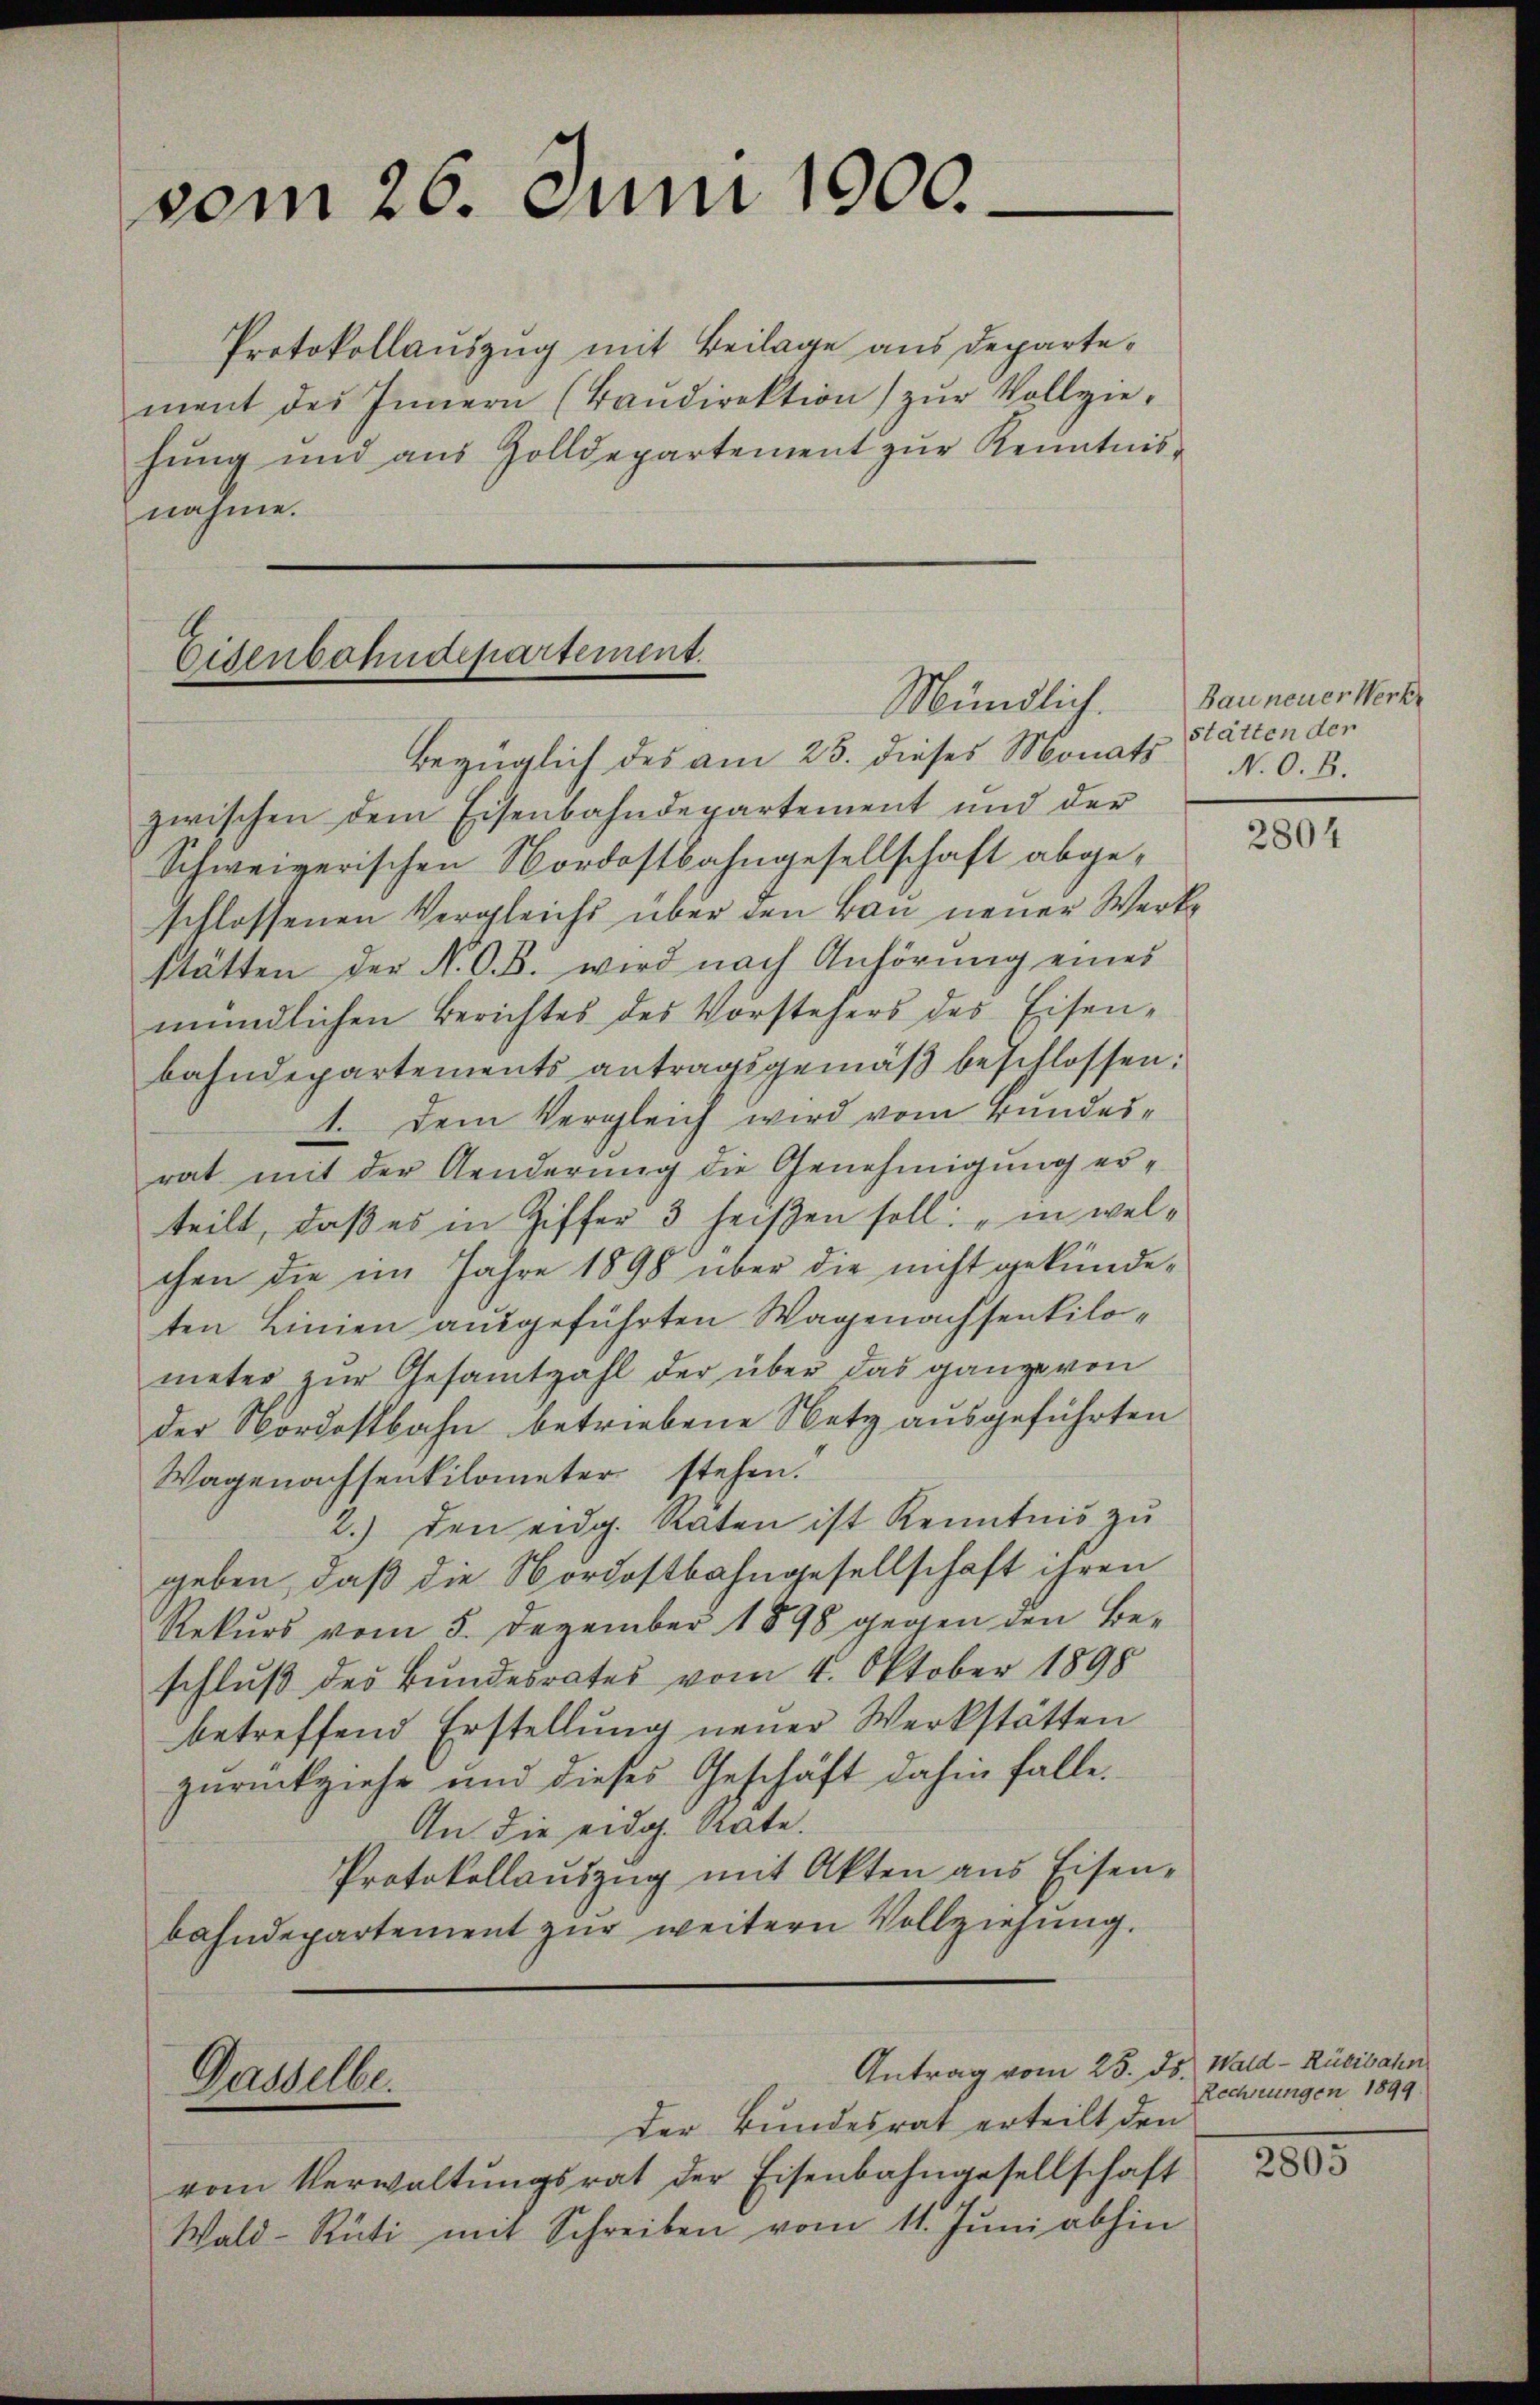
vom 26. Juni 1900.

Protokollauszug mit Beilage aus departement des Innern (Baŭdirektion zŭr Vollzie-
hŭng und aus Zolldepartement zŭr Kenntnisnahme.

Eisenbahndepartement.
Mündlich.

Gasselbe.

Antrag vom 25. ds. Wald–Rücibahn

Bezüglich des am 25. dieses Monats N. O. B.
zwischen dem Eisenbahndepartement und der
Schweizerischen Nordostbahngesellschaft abgeschlossenen Vergleichs über den Bau neuer Werkstätten der N. O. B. wird nach Anhörung eines
mündlichen Berichtes des Vorstehers des Eisen-
bahndepartements antragsgemäβ beschlossen:
1. Dem Vergleich wird vom Bundesrat mit der Aenderung die Genehmigung erteilt, daß es in Ziffer 3 heißen soll: „in welchen die im Jahre 1898 über die nicht gekündeten Linien ausgeführten Wagenachsenkilometer zur Gesamtzahl der über das ganze von
der Nordostbahn betriebene Netz ausgeführten
Wagenachsenkilometer stehen.
2.) den eidg. Räten ist Kenntnis zu
geben, daß die Nordostbahngesellschaft ihren
Rekurs vom 5. Dezember 1898 gegen den Beschluß des Bundesrates vom 4. Oktober 1898
betreffend Erstellung neuer Werkstätten
zurückziehe und dieses Geschäft dahin falle.
An die eidg. date.
Protokollauszug mit Akten aus Eisen-
bahndepartement zur weitern Vollziehung.

Der Bundesrat erteilt den
vom Verwaltŭngsrat der Eisenbahngesellschaft
Wald-Rüti mit Schreiben vom 11. Jŭni abhin

Bau neuer Werke
stätten der

2804

Rechnungen 1899

2895